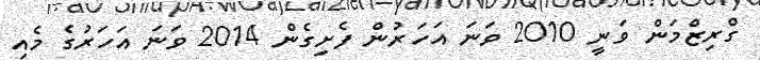
ގްރިޒްމަން ވަނީ 2010 ވަނަ އަަހަރުން ފެށިގެން 2014 ވަނަ އަހަރުގެ މެއި